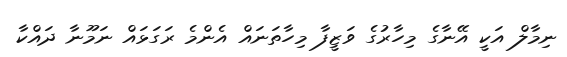
ނިމާލް އަކީ އޭނާގެ މިހާރުގެ ވަޒީފާ މިހާތަނައް އެންމެ ރަގަޅައް ނަމޫނާ ދައްކާ